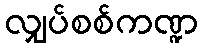
လျှပ်စစ်ကဏ္ဍ